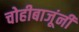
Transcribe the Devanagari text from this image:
चोहीबाजूंनी